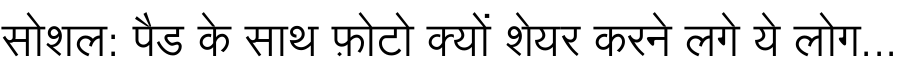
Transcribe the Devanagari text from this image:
सोशल: पैड के साथ फ़ोटो क्यों शेयर करने लगे ये लोग...